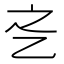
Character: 𬼛